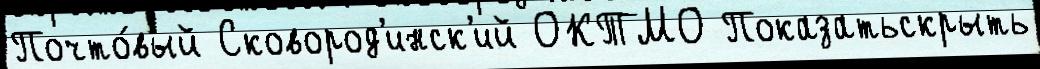
Почто́вый Сковород'инск'ий ОКТМО Показатьскрыть